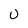
Character: O